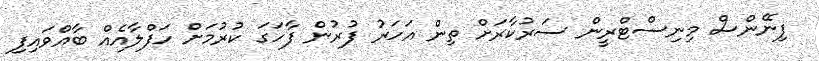
ފިނޭންސް މިނިސްޓްރީން ސަރުކާރަށް ތިން އަހަރު ފުރުން ފާހަގަ ކުރުމަށް ހަފްލާއެއް ބާއްވައިފި